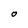
Character: O